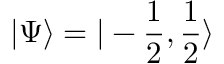
\vert \Psi \rangle = \vert - \frac { 1 } { 2 } , \frac { 1 } { 2 } \rangle